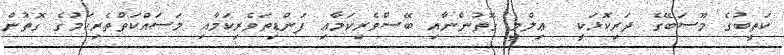
ކަތީބުގެ މޫސަބޭގެ ދަރިކޮޅަކީ  ޢިލްމީ ގޮތުންނާއި ބޭސްވެރިކަމާއި ފަންޑިތަވެރިކަމާއި މަސައްކަތްތެރިކަމުގެ ގޮތުން